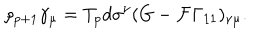
\rho _ { p + 1 } \gamma _ { \mu } = T _ { p } d \sigma ^ { \nu } ( G - { \cal F } \Gamma _ { 1 1 } ) _ { \nu \mu } .